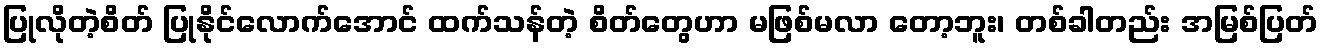
ပြုလိုတဲ့စိတ် ပြုနိုင်လောက်အောင် ထက်သန်တဲ့ စိတ်တွေဟာ မဖြစ်မလာ တော့ဘူး၊ တစ်ခါတည်း အမြစ်ပြတ်